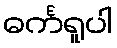
ဓင်္ကရူပါ